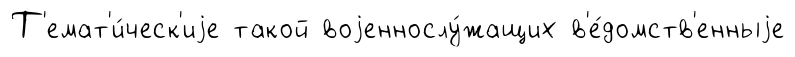
Т'емат'и́ческ'иjе такой воjеннослу́жащих в'е́домств'енныjе